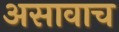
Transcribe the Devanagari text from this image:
असावाच